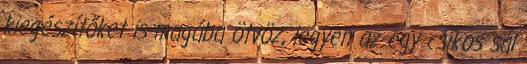
kiegészítőket is magába ötvöz, legyen az egy csíkos sál